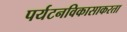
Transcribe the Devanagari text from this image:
पर्यटनविकासाकरता